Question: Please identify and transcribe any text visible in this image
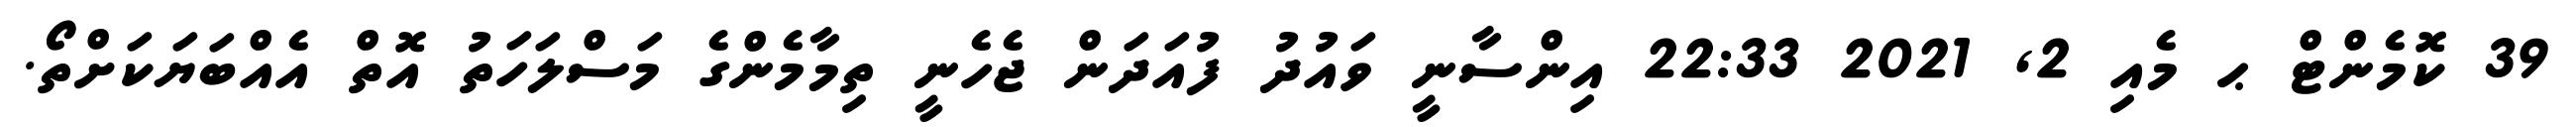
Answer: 39 ކޮމެންޓް ޙ މެއި 2, 2021 22:33 އިންސާނީ ވައުދު ފުއަދަން ޖެހެނީ ތިމާމެންގެ މަސްލަހަތު އޮތް އެއްބަޔަކަށްތޯ.